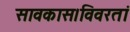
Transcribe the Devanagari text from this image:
सावकास।विवरतां